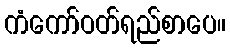
ကံကော်ဝတ်ရည်စာပေ။